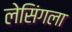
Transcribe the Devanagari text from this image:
लेसिंगला